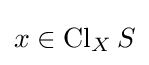
x\in \operatorname {Cl} _{X}S